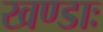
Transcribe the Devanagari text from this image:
खण्डाः